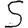
Digit: 5